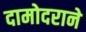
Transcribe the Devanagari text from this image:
दामोदराने